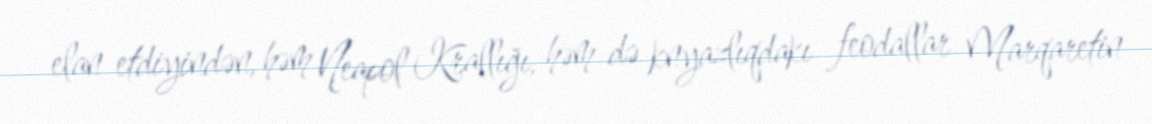
elan etdiyindən, həm Neapol Krallığı, həm də knyazlıqdakı feodallar Marqaretin